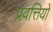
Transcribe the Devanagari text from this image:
प्रवत्तियों